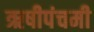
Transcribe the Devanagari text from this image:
ऋषीपंचमी